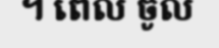
។ ពេល ចូល